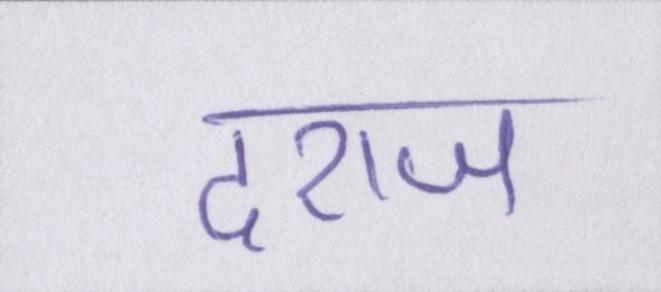
दराज